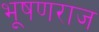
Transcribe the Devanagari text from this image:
भूषणराज